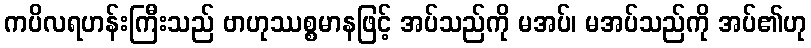
ကပိလရဟန်းကြီးသည် ဗာဟုဿစ္စမာနဖြင့် အပ်သည်ကို မအပ်၊ မအပ်သည်ကို အပ်၏ဟု